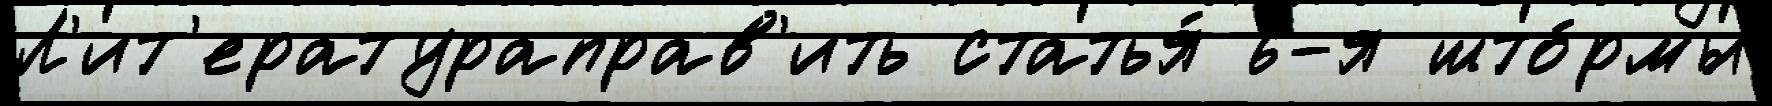
Л'ит'ератураправ'ить статья́ 6-я што́рмы